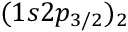
( 1 s 2 p _ { 3 / 2 } ) _ { 2 }